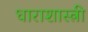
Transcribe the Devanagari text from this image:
धाराशास्त्री